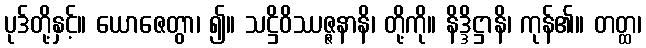
ပုဒ်တို့နှင့်။ ယောဇေတွာ၊ ၍။ သဋ္ဌိဝိဿဇ္ဇနာနိ၊ တို့ကို။ နိဒ္ဒိဋ္ဌာနိ၊ ကုန်၏။ တတ္ထ၊